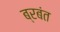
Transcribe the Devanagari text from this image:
ब्रबंत